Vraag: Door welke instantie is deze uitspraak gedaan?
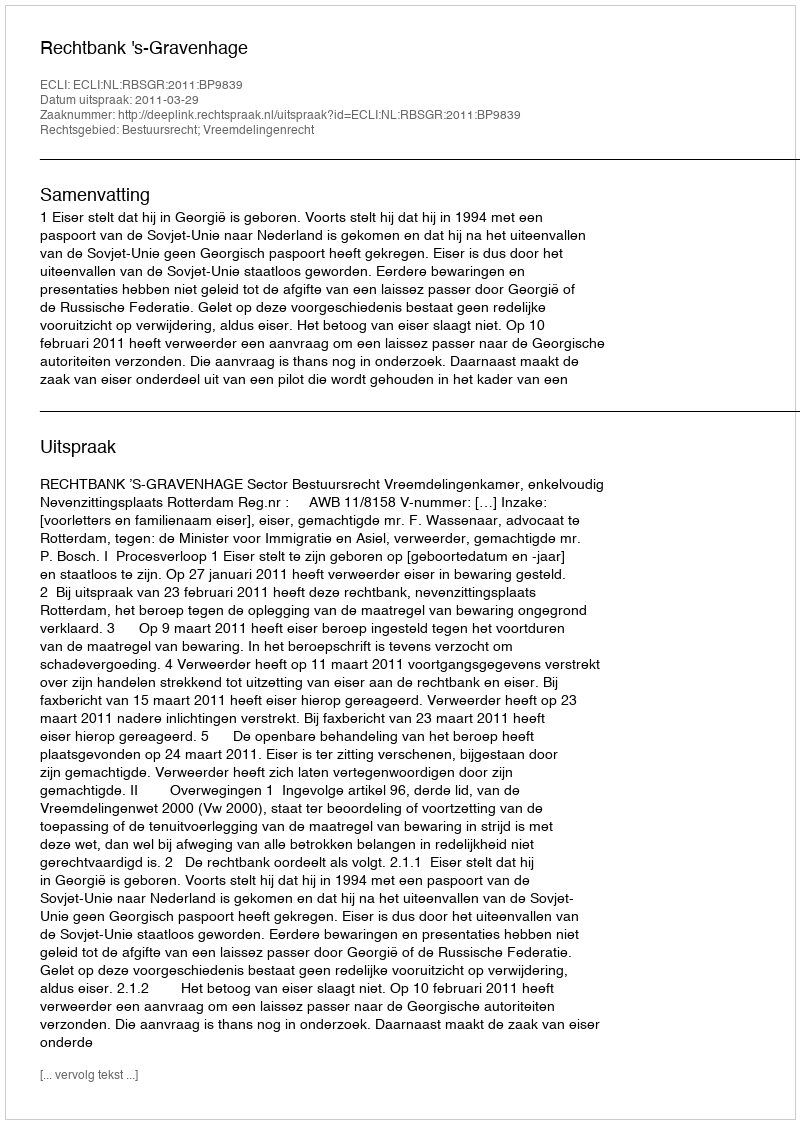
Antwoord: Rechtbank 's-Gravenhage